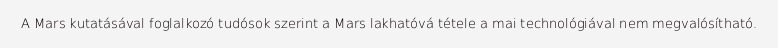
A Mars kutatásával foglalkozó tudósok szerint a Mars lakhatóvá tétele a mai technológiával nem megvalósítható.